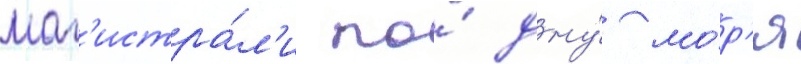
маг'истра́л'и по́ дну́ мо́р'я